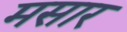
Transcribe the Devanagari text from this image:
मसार